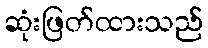
ဆုံးဖြတ်ထားသည်